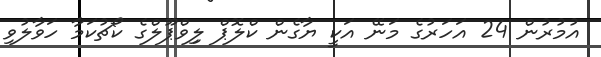
އުމުރުން 24 އަހަރުގެ މަނޭ އަކީ ޔާގެން ކްލޮޕް ލިިވްޕޫލްގެ ކޯޗުކަމާ ހަވާލުވި